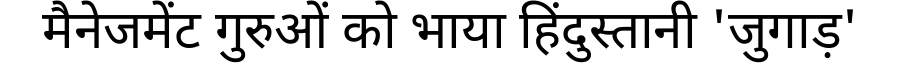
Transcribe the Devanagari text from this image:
मैनेजमेंट गुरुओं को भाया हिंदुस्तानी 'जुगाड़'